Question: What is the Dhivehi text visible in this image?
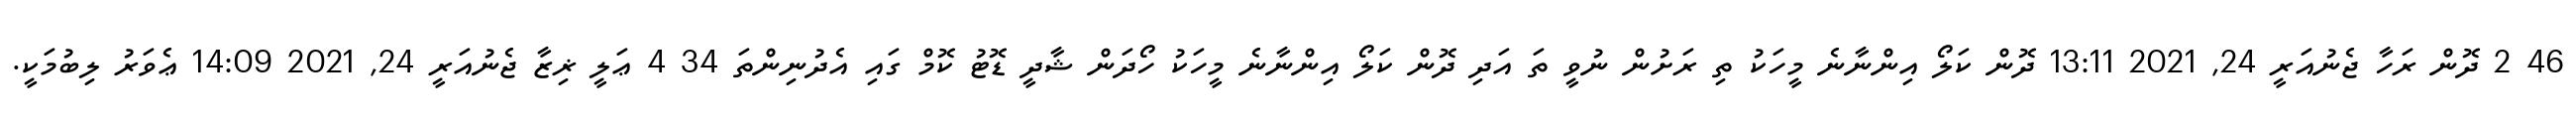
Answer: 46 2 ދޮން ރަހާ ޖެނުއަރީ 24, 2021 13:11 ދޮން ކަލޯ އިންނާނެ މީހަކު ތި ރަށުން ނުވީ ތަ އަދި ދޮން ކަލޯ އިންނާނެ މީހަކު ހޯދަން ޝާދީ ޑޮޓު ކޮމް ގައި އެދުނިންތަ 34 4 ޢަލީ ޜިޒާ ޖެނުއަރީ 24, 2021 14:09 ޢެވަރު ލިބުމަކީ.